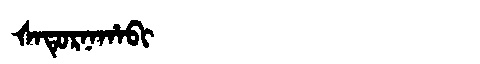
Manchu: ᡧᠠᡨᡠᡵᠨᠠᡥᠠᠪᡳ
Romanization: ŠATURNAHABI